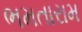
ભમતારામ